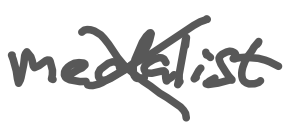
Text: medalist
Cross-out: mix
Writing tool: digital_gray